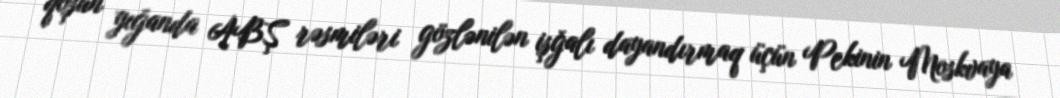
qoşun yığanda ABŞ rəsmiləri gözlənilən işğalı dayandırmaq üçün Pekinin Moskvaya